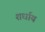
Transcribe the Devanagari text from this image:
शर्धाय